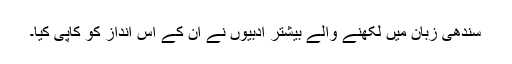
سندھی زبان میں لکھنے والے بیشتر ادبیوں نے ان کے اس انداز کو کاپی کیا۔